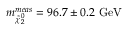
m _ { \tilde { \chi } _ { 2 } ^ { 0 } } ^ { m e a s } = 9 6 . 7 \pm 0 . 2 \mathrm { \ G e V }